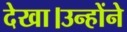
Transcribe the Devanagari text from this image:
देखा।उन्होंने